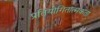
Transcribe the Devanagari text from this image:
प्रतियोगितात्मकता